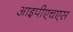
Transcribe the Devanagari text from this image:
आइपीएचएस